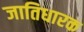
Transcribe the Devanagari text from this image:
जातिधारक